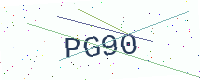
Text: PG90